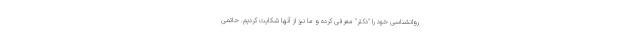
روانشناسی خود را "دکتر" معرفی کرده و ما نیز از آنها شکایت کردیم. حاتمی